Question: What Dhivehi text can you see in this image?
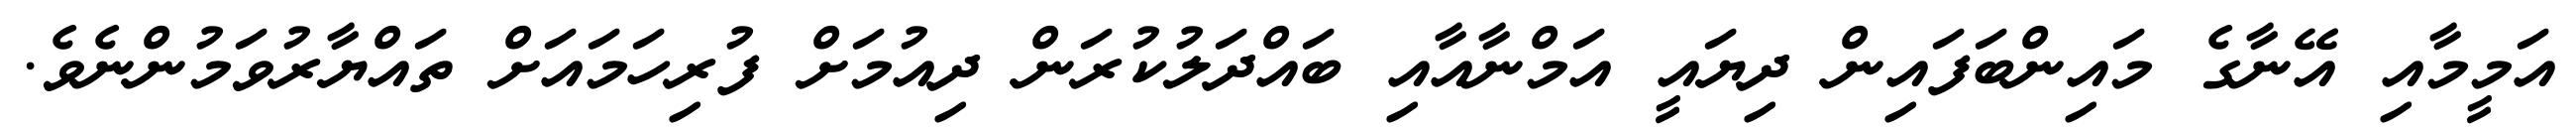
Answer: އަމީމާއި އޭނާގެ މައިންބަފައިން ދިޔައީ އަމްނާއާއި ބައްދަލުކުރަން ދިއުމަށް ފުރިހަމައަށް ތައްޔާރުވަމުންނެވެ.